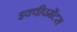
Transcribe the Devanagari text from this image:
इक्वीपमेंटस